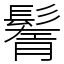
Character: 鬌